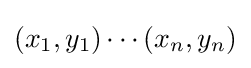
(x_{1},y_{1})\cdots (x_{n},y_{n})